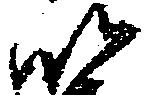
以